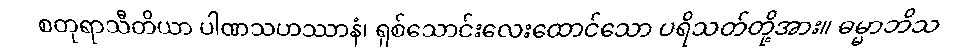
စတုရာသီတိယာ ပါဏသဟဿာနံ၊ ရှစ်သောင်းလေးထောင်သော ပရိသတ်တို့အား။ ဓမ္မာဘိသ